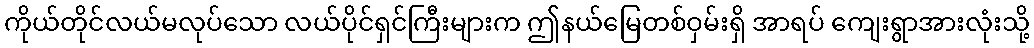
ကိုယ်တိုင်လယ်မလုပ်သော လယ်ပိုင်ရှင်ကြီးများက ဤနယ်မြေတစ်ဝှမ်းရှိ အာရပ် ကျေးရွာအားလုံးသို့